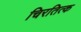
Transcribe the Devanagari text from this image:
चिरतित्क